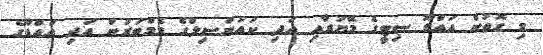
މި ގޮތުން އައްޑޫ ސިޓީގެ މޭޔަރާއި އަދި ކައުންސިލްގެ މެމްބަރުން އަދި އައްޑޫގެ